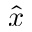
\hat { x }